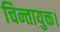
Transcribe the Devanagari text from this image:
चिन्तायुक्त।